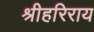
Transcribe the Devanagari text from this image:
श्रीहरिराय